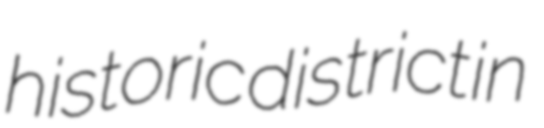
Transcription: historic district in